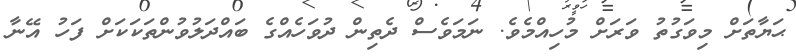
ޙަޔާތަށް މިވަގުތު ވަރަށް މުހިއްމެވެ. ނަމަވެސް ދެތިން ދުވަހެއްގެ ބައްދަލުވުންތަކަކަށް ފަހު އޭނާ